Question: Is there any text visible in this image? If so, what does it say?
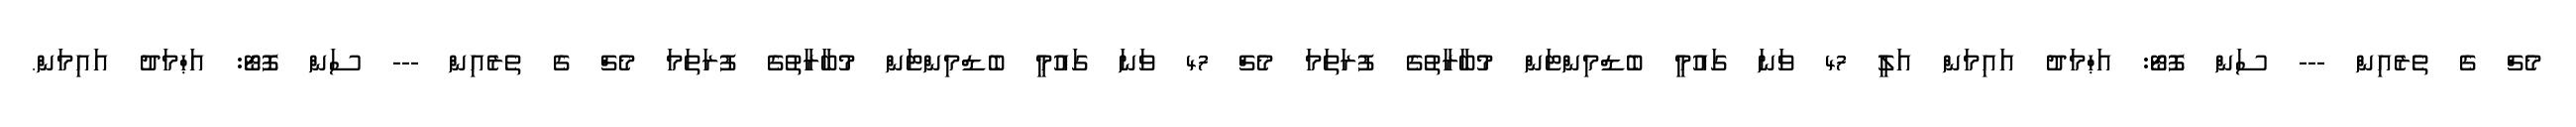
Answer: މެޗް ގެ ތެރެއިން --- ސަން ފޮޓޯ: އަޙްމަދު އައިމަން އަލީ 47 ވަނަ ގައުމީ ބެޑްމިންޓަން މުބާރާތުގެ ފުރަތަމަ މެޗް 47 ވަނަ ގައުމީ ބެޑްމިންޓަން މުބާރާތުގެ ފުރަތަމަ މެޗް ގެ ތެރެއިން --- ސަން ފޮޓޯ: އަޙްމަދު އައިމަން.